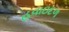
હવાઇદળ